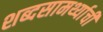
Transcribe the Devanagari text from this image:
शब्दसामर्थ्याची